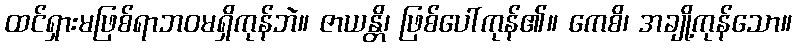
ထင်ရှားမဖြစ်ရာဘဝမရှိကုန်ဘဲ။ ဇာယန္တိ၊ ဖြစ်ပေါ်ကုန်၏။ ကေစိ၊ အချို့ကုန်သော။